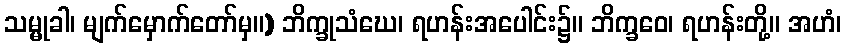
သမ္မုခါ၊ မျက်မှောက်တော်မှ။) ဘိက္ခုသံဃေ၊ ရဟန်းအပေါင်း၌။ ဘိက္ခဝေ၊ ရဟန်းတို့။ အဟံ၊